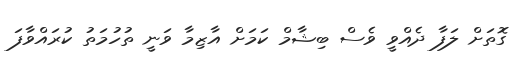
ގޮތަށް ލަފާ ދެއްވީ ވެސް ބިޝާމް ކަމަށް އާޒިމާ ވަނީ ތުހުމަތު ކުރައްވާފަ